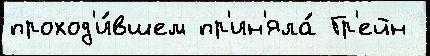
проход'и́вшем пр'ин'яла́ Гр'ейн